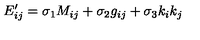
E _ { i j } ^ { \prime } = \sigma _ { 1 } M _ { i j } + \sigma _ { 2 } g _ { i j } + \sigma _ { 3 } k _ { i } k _ { j }